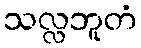
သလ္လဘူတံ